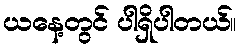
ယနေ့တွင် ပါရှိပါတယ်။